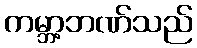
ကမ္ဘာ့ဘဏ်သည်